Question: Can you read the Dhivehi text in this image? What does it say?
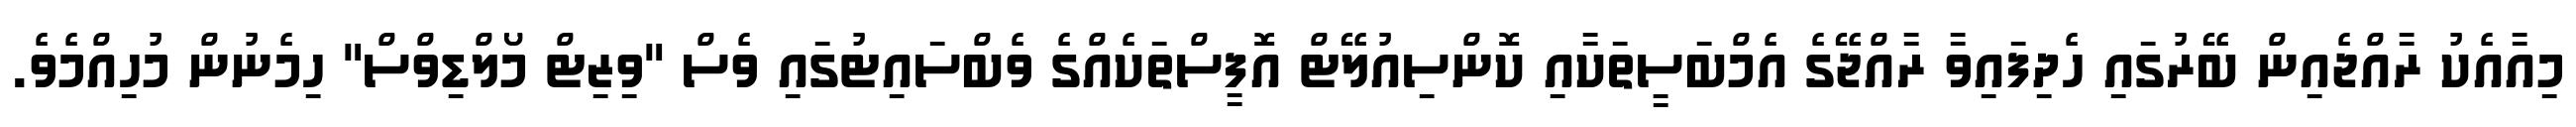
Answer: މިއާއެކު ރާއްޖެއިން ބޭރުގައި ހެދިފައިވާ ރާއްޖޭގެ އެމްބަސީތަކާއި ކޮންސިއުލޭޓް އޮފީސްތަކެއްގެ ވެބްސައިޓުގައި ވެސް "ވިޒިޓް މޯލްޑިވްސް" ހިމެނުން މުހިއްމެވެ.